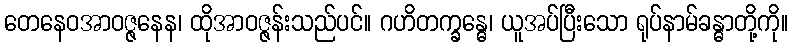
တေနေဝအာဝဇ္ဇနေန၊ ထိုအာဝဇ္ဇန်းသည်ပင်။ ဂဟိတက္ခန္ဓေ၊ ယူအပ်ပြီးသော ရုပ်နာမ်ခန္ဓာတို့ကို။